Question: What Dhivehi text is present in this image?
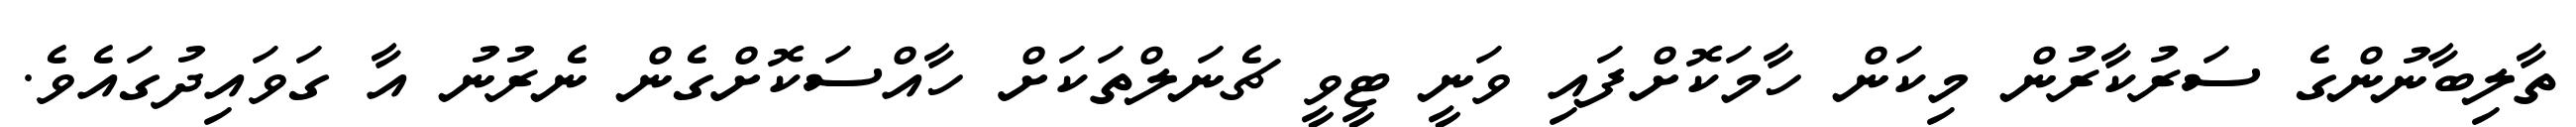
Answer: ތާލިބާނުންގެ ސަރުކާރުން މިކަން ހާމަކޮށްފައި ވަނީ ޓީވީ ޗެނަލްތަކަށް ހާއްސަކޮށްގެން ނެރުނު އާ ގަވައިދުގައެވެ.